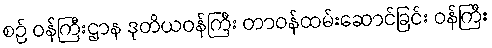
စဉ် ဝန်ကြီးဌာန ဒုတိယဝန်ကြီး တာဝန်ထမ်းဆောင်ခြင်း ဝန်ကြီး